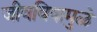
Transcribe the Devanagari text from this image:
जीवविषामुळे